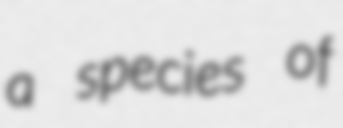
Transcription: a species of